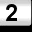
Digit: 2